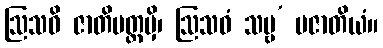
ဩသဓိ ဇာတိမတ္တမှိ၊ ဩသဓံ သဗ္ဗ’ မဇာတိယံ။